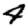
Digit: 4